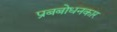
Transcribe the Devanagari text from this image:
प्रबबोधनकार